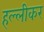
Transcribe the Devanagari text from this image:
हल्लीकर